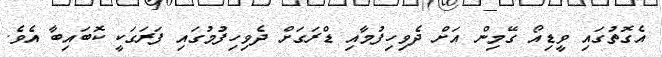
އެގޮތުގައި ވީޑިއޯ ގޭމިން އަށް ދެވިހިފުމާއި ޑްރަގަށް ދެވިހިފުމުގައި ފަރަގަކީ ކޮބައިބާ އެވެ.